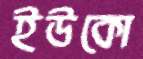
ইউকো